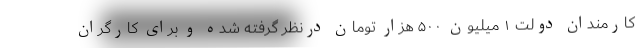
کارمندان دولت ۱ میلیون ۵۰۰ هزار تومان درنظر گرفته شده و برای کارگران